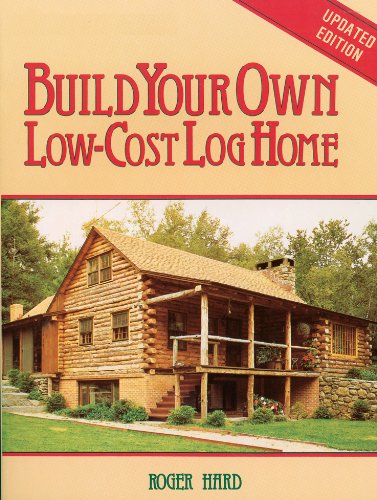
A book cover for Build Your Own Low-Cost Log Home (Garden Way Publishing Classic); Roger Hard; Crafts, Hobbies & Home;